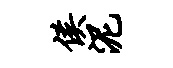
侯泥